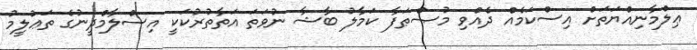
ޢިލްމާނިއްޔަތަށް އިސްކަމެއް ދެއްވި މުޞްޠަފާ ކަމާލު ބާޝާ ނުވަތަ އަތާތުރުކަކީ އިސްލާމްދީނުގެ ތަޢުލީމު